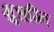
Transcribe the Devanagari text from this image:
क्षुधग्नि